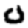
Digit: 0